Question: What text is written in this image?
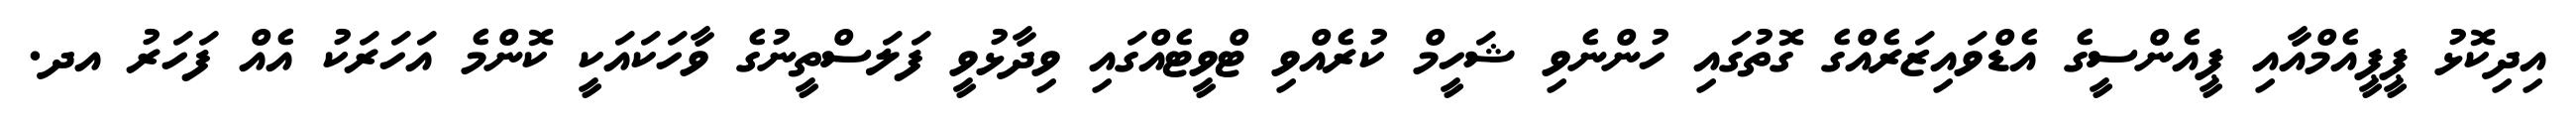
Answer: އިދިކޮޅު ޕީޕީއެމްއާއި ޕީއެންސީގެ އެޑްވައިޒަރެއްގެ ގޮތުގައި ހުންނެވި ޝަހީމް ކުރެއްވި ޓްވީޓެއްގައި ވިދާޅުވީ ފަލަސްތީނުގެ ވާހަކައަކީ ކޮންމެ އަހަރަކު އެއް ފަހަރު އދ.